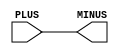
// This program was cloned from: https://github.com/intel/aib-phy-hardware
// License: Apache License 2.0

// SPDX-License-Identifier: Apache-2.0
// Copyright (C) 2019 Intel Corporation. All rights reserved
module aibnd_aliasd ( PLUS, MINUS );

	input   PLUS;
	output  MINUS;

	assign MINUS = PLUS;

endmodule